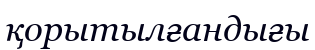
қорытылғандығы